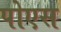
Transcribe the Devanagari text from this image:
पोएस